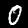
Digit: 0